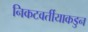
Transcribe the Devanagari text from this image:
निकटवर्तीयाकडुन